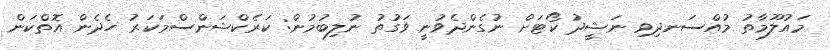
މައުލޫމާތު މުއްސަނދިވި ނަޝީދު ކޯޓަށް ނުގެންދެވުނީ ވަގުތު ނުލިބުމުން: ކަރެކްޝަންސްމަކަރު ހެދެން އޮތްކަން